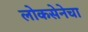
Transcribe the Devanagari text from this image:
लोकसेनेचा